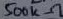
Text: 500kΩ